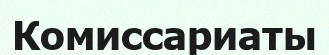
Комиссариаты